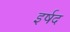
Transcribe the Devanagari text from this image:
इर्षद